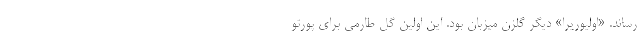
رساند. «اولیوریرا» دیگر گلزن میزبان بود. این اولین گل طارمی برای پورتو